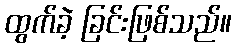
ထွက်ခဲ့ ခြင်းဖြစ်သည်။